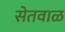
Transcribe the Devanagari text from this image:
सेतवाळ